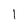
Character: I